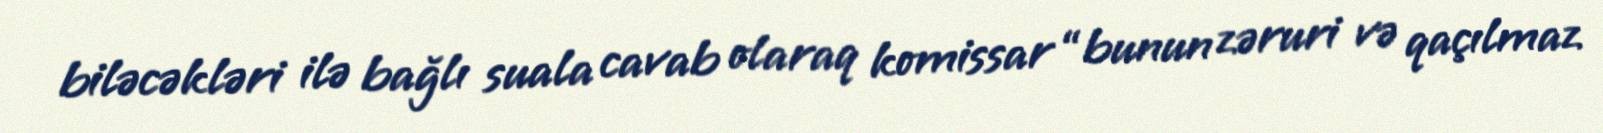
biləcəkləri ilə bağlı suala cavab olaraq komissar “bunun zəruri və qaçılmaz